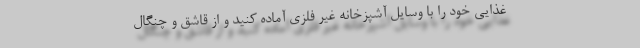
غذایی خود را با وسایل آشپزخانه غیر فلزی آماده کنید و از قاشق و چنگال